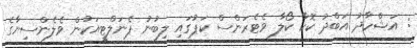
: އަޝްހާދު އަބްދު ކޮކާ ކޯލާ ވެޓެރަންސް ކަޕުގައި ލިބުނު ޕެނަލްޓީއަކުން ވެލެންސިޔާގެ